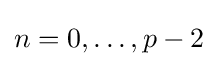
n=0,\dots ,p-2